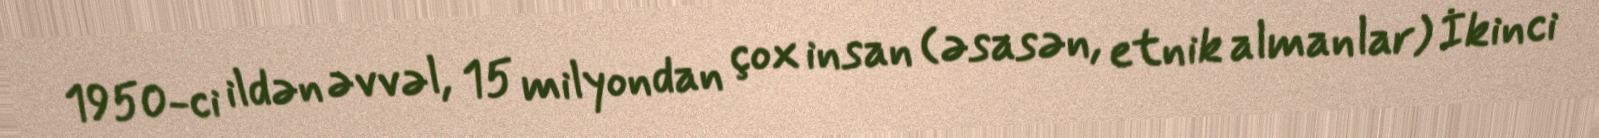
1950-ci ildən əvvəl, 15 milyondan çox insan (əsasən, etnik almanlar) İkinci